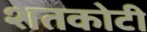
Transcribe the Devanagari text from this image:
शतकोटी